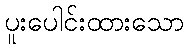
ပူးပေါင်းထားသော